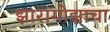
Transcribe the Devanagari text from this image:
झारागोझाचा